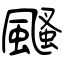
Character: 颾